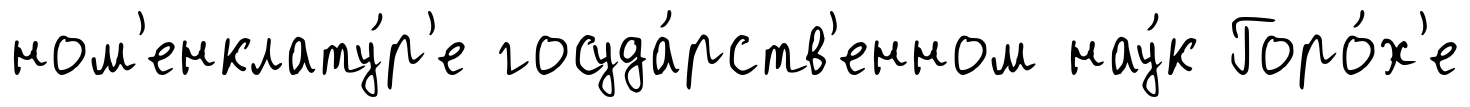
ном'енклату́р'е госуда́рств'енном нау́к Горо́х'е